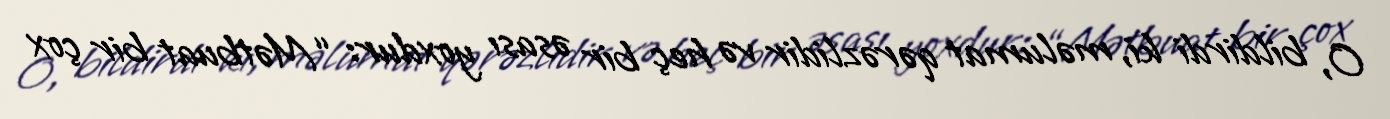
O, bildirdi ki, məlumat qərəzlidir və heç bir əsası yoxdur: “Mətbuat bir çox